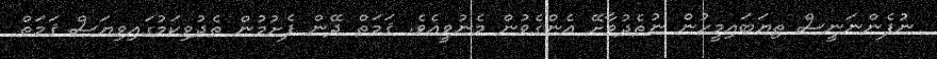
ނުފެންނަނީސް ތިޔަބައިމީހުން ނުތެދުވާށޭ އެންގެވުން މެނުވީއެވެ. ޤަމަތް ދޭން ފެށުމުން ތެދުވިކަމުގައިވިޔަސް ޤަމަތް